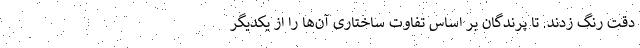
دقت رنگ زدند. تا پرندگان بر اساس تفاوت ساختاری آن‌ها را از یکدیگر